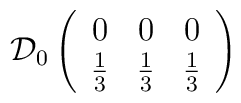
\mathcal{D}_{0}\left( \begin{array}{ccc}0 & 0 & 0\\\frac{1}{3} & \frac{1}{3} & \frac{1}{3}\end{array}\right)